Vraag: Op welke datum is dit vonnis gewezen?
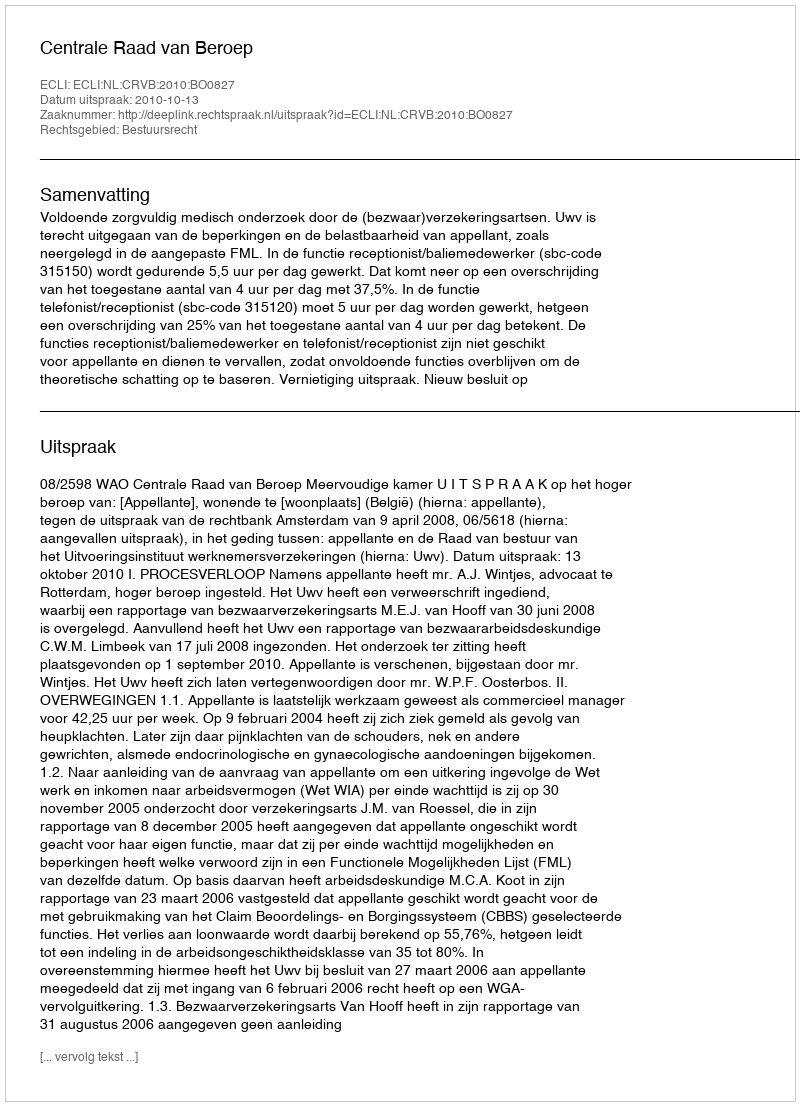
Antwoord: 2010-10-13